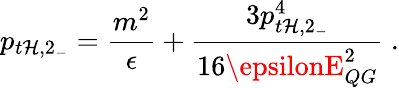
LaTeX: p_{t\mathcal{H},2_{-}}={\frac{{m^{2}}}{{\epsilon}}}+{\frac{{3p_{t\mathcal{H},2_{-}}^{4}}}{{16\epsilonE_{QG}^{2}}}}~.